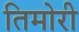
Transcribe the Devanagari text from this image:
तिमोरी